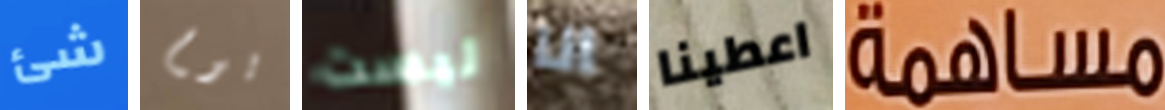
شئ يوم ليست انا اعطينا مساهمة